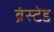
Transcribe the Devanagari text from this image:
ब्रंस्टेड